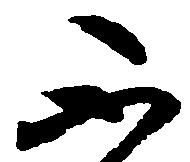
不